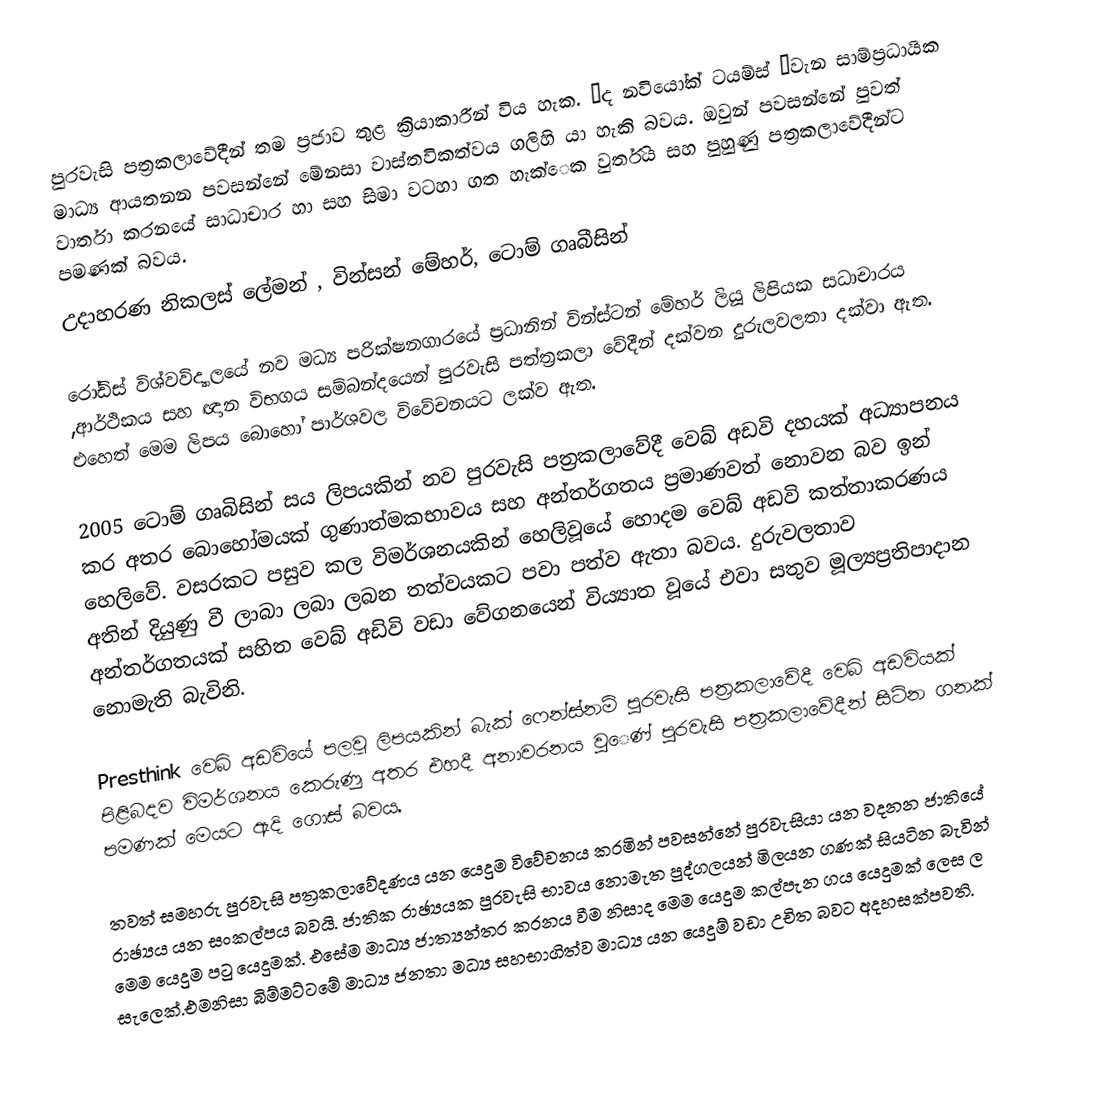
පුරවැසි පත්‍රකලාවේදීන් තම ප්‍රජාව තුළ ක්‍රියාකාරීන් විය හැක. ‘ද නවියෝක් ටයම්ස් ‘වැන සාම්ප්‍රධායික මාධ්‍ය ආයතනන පවසන්නේ මේනසා වාස්තවිකත්වය ගලිහි යා හැකි බවය. ඔවුන් පවසන්නේ පුවත් වාර්තා කරනයේ සාධාචාර හා සහ සිමා වටහා ගත හැක්‍ෙක වුර්තිය සහ පුහුණු පත්‍රකලාවේදීන්ට පමණක් බවය.
උදාහරණ නිකලස් ලේමන් , වින්සන් මේහර්, ටොම් ගෘබීසින්

රෝඩිස් විශ්වවිද්‍යාලයේ නව මධ්‍ය පරික්ෂනගාරයේ ප්‍රධානින් වින්ස්ටන් මේහර් ලියූ ලිපියක සධාචාරය ,ආර්ථිකය සහ ඥාන විභගය සම්බන්දයෙන් පුරවැසි පත්ත්‍රකලා වේදීන් දක්වන දුරුලවලතා දක්වා ඇත. එහෙත් මෙම ලිපය බොහෝ පාර්ශවල විවේචනයට ලක්ව ඇත.

2005 ටොම් ගෘබිසින් සය ලිපයකින් නව පුරවැසි පත්‍රකලාවේදී  වෙබ් අඩවි දහයක් අධ්‍යාපනය කර අතර බොහෝමයක් ගුණාත්මකභාවය සහ අන්තර්ගතය ප්‍රමාණවත් නොවන බව ඉන් හෙලිවේ. වසරකට පසුව කල විමර්ශනයකින් හෙලිවූයේ හොදම වෙබ් අඩවි කත්තාකරණය අතින් දියුණු වී ලාබා ලබා ලබන තත්වයකට  පවා පත්ව ඇතා බවය. දුරුවලතාව අන්තර්ගතයක් සහිත වෙබ් අඩිවි වඩා වේගනයෙන් විය්‍යාත වූයේ එවා සතුව මූල්‍ය‍ප්‍රතිපාදාන නොමැති බැවිනි.

Presthink වෙබ් අඩවියේ පලවූ ලිපයකින් බැක් ෆෙන්ස්නම් පුරවැසි පත්‍රකලාවේදී  වෙබ් අඩවියක් පිළිබදව විමර්ශනය කෙරුණු අතර එහදී අනාවරනය වුෙණ් පුරවැසි පත්‍රකලාවේදීන් සිටින ගනක් පමණක් මෙයට ඇදි ගොස් බවය.

තවත් සමහරු  පුරවැසි පත්‍රකලාවේදණය යන යෙදුම විවේචනය කරමින් පවසන්නේ පුරවැසියා යන වදනන ජාතියේ රාඡ්‍යය යන සංකල්පය බවයි. ජාතික රාඡ්‍යයක පුරවැසි භාවය නොමැත පුද්ගලයන් මිලයන ගණක් සියටින බැවින් මෙම යෙදුම පටු යෙදුමක්. එසේම මාධ්‍ය ජාත්‍යන්තර කරනය වීම නිසාද මෙම යෙදුම කල්පැන ගය යෙදුමක් ලෙස ල සැලෙක්.එමනිසා බිම්මට්ටමේ මාධ්‍ය ජනතා මධ්‍ය සහභාගිත්ව මාධ්‍ය යන යෙදුම් වඩා උචිත බවට අදහසක්පවති.